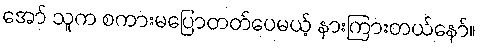
အော် သူက စကားမပြောတတ်ပေမယ့် နားကြားတယ်နော်။